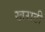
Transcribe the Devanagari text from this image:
खराठी